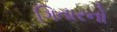
ગિતારનો